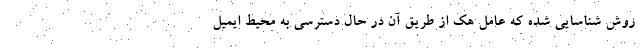
روش شناسایی شده که عامل هک از طریق آن در حال دسترسی به محیط ایمیل